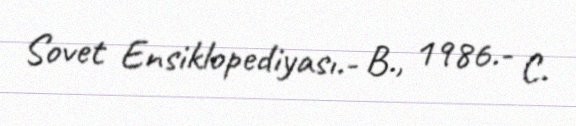
Sovet Ensiklopediyası.- B., 1986.- C.